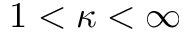
1 < \kappa < \infty